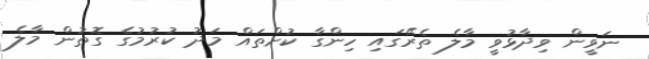
ނަވީން ވިދާޅުވީ މާލެ ތެރޭގައި ހިންގާ ކުށްތައް މަދު ކުރުމުގެ ގޮތުން މާލެ